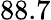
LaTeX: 88.7